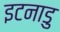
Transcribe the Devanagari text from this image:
इटनाडु